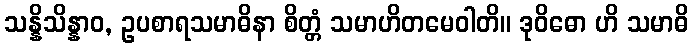
သန္နိသိန္နာဝ, ဥပစာရသမာဓိနာ စိတ္တံ သမာဟိတမေဝါတိ။ ဒုဝိဓော ဟိ သမာဓိ